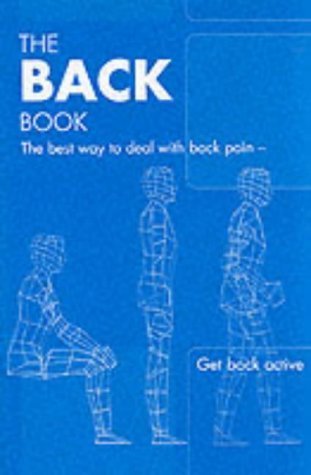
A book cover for The Back Book: the Best Way to Deal with Back Pain; Get Back Active by Martin Roland, Gordon Waddell, Jennifer Klaber Moffett, Kim (2002) Paperback; Gordon Waddell, Jennifer Klaber Moffett, Kim Martin Roland; Health, Fitness & Dieting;